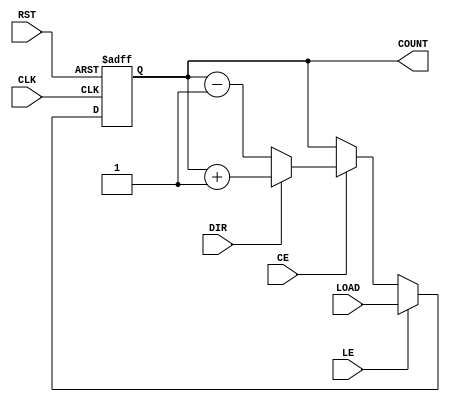
module LoadableCounter #(
    parameter N = 8 // Width of the counter
)(
    input wire CLK,           // Clock signal
    input wire RST,           // Reset signal
    input wire LE,            // Load Enable
    input wire CE,            // Count Enable
    input wire DIR,           // Count Direction (1 = Up, 0 = Down)
    input wire [N-1:0] LOAD,  // Data to load into the counter
    output reg [N-1:0] COUNT  // Current counter value
);

    // Synchronous reset and load
    always @(posedge CLK or posedge RST) begin
        if (RST) begin
            // Reset to zero (or a predefined value, if needed)
            COUNT <= 0;
        end else if (LE) begin
            // Load operation
            COUNT <= LOAD;
        end else if (CE) begin
            // Counting operation
            if (DIR) begin
                // Count up
                COUNT <= COUNT + 1;
            end else begin
                // Count down
                COUNT <= COUNT - 1;
            end
        end
        // Note: We don't handle overflow/underflow in this simple implementation.
        // Additional logic can be added to wrap around or limit the counter.
    end

endmodule